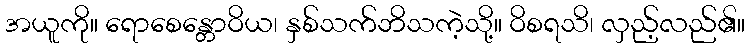
အယူကို။ ရောစေန္တောဝိယ၊ နှစ်သက်ဘိသကဲ့သို့။ ဝိစရသိ၊ လှည့်လည်၏။